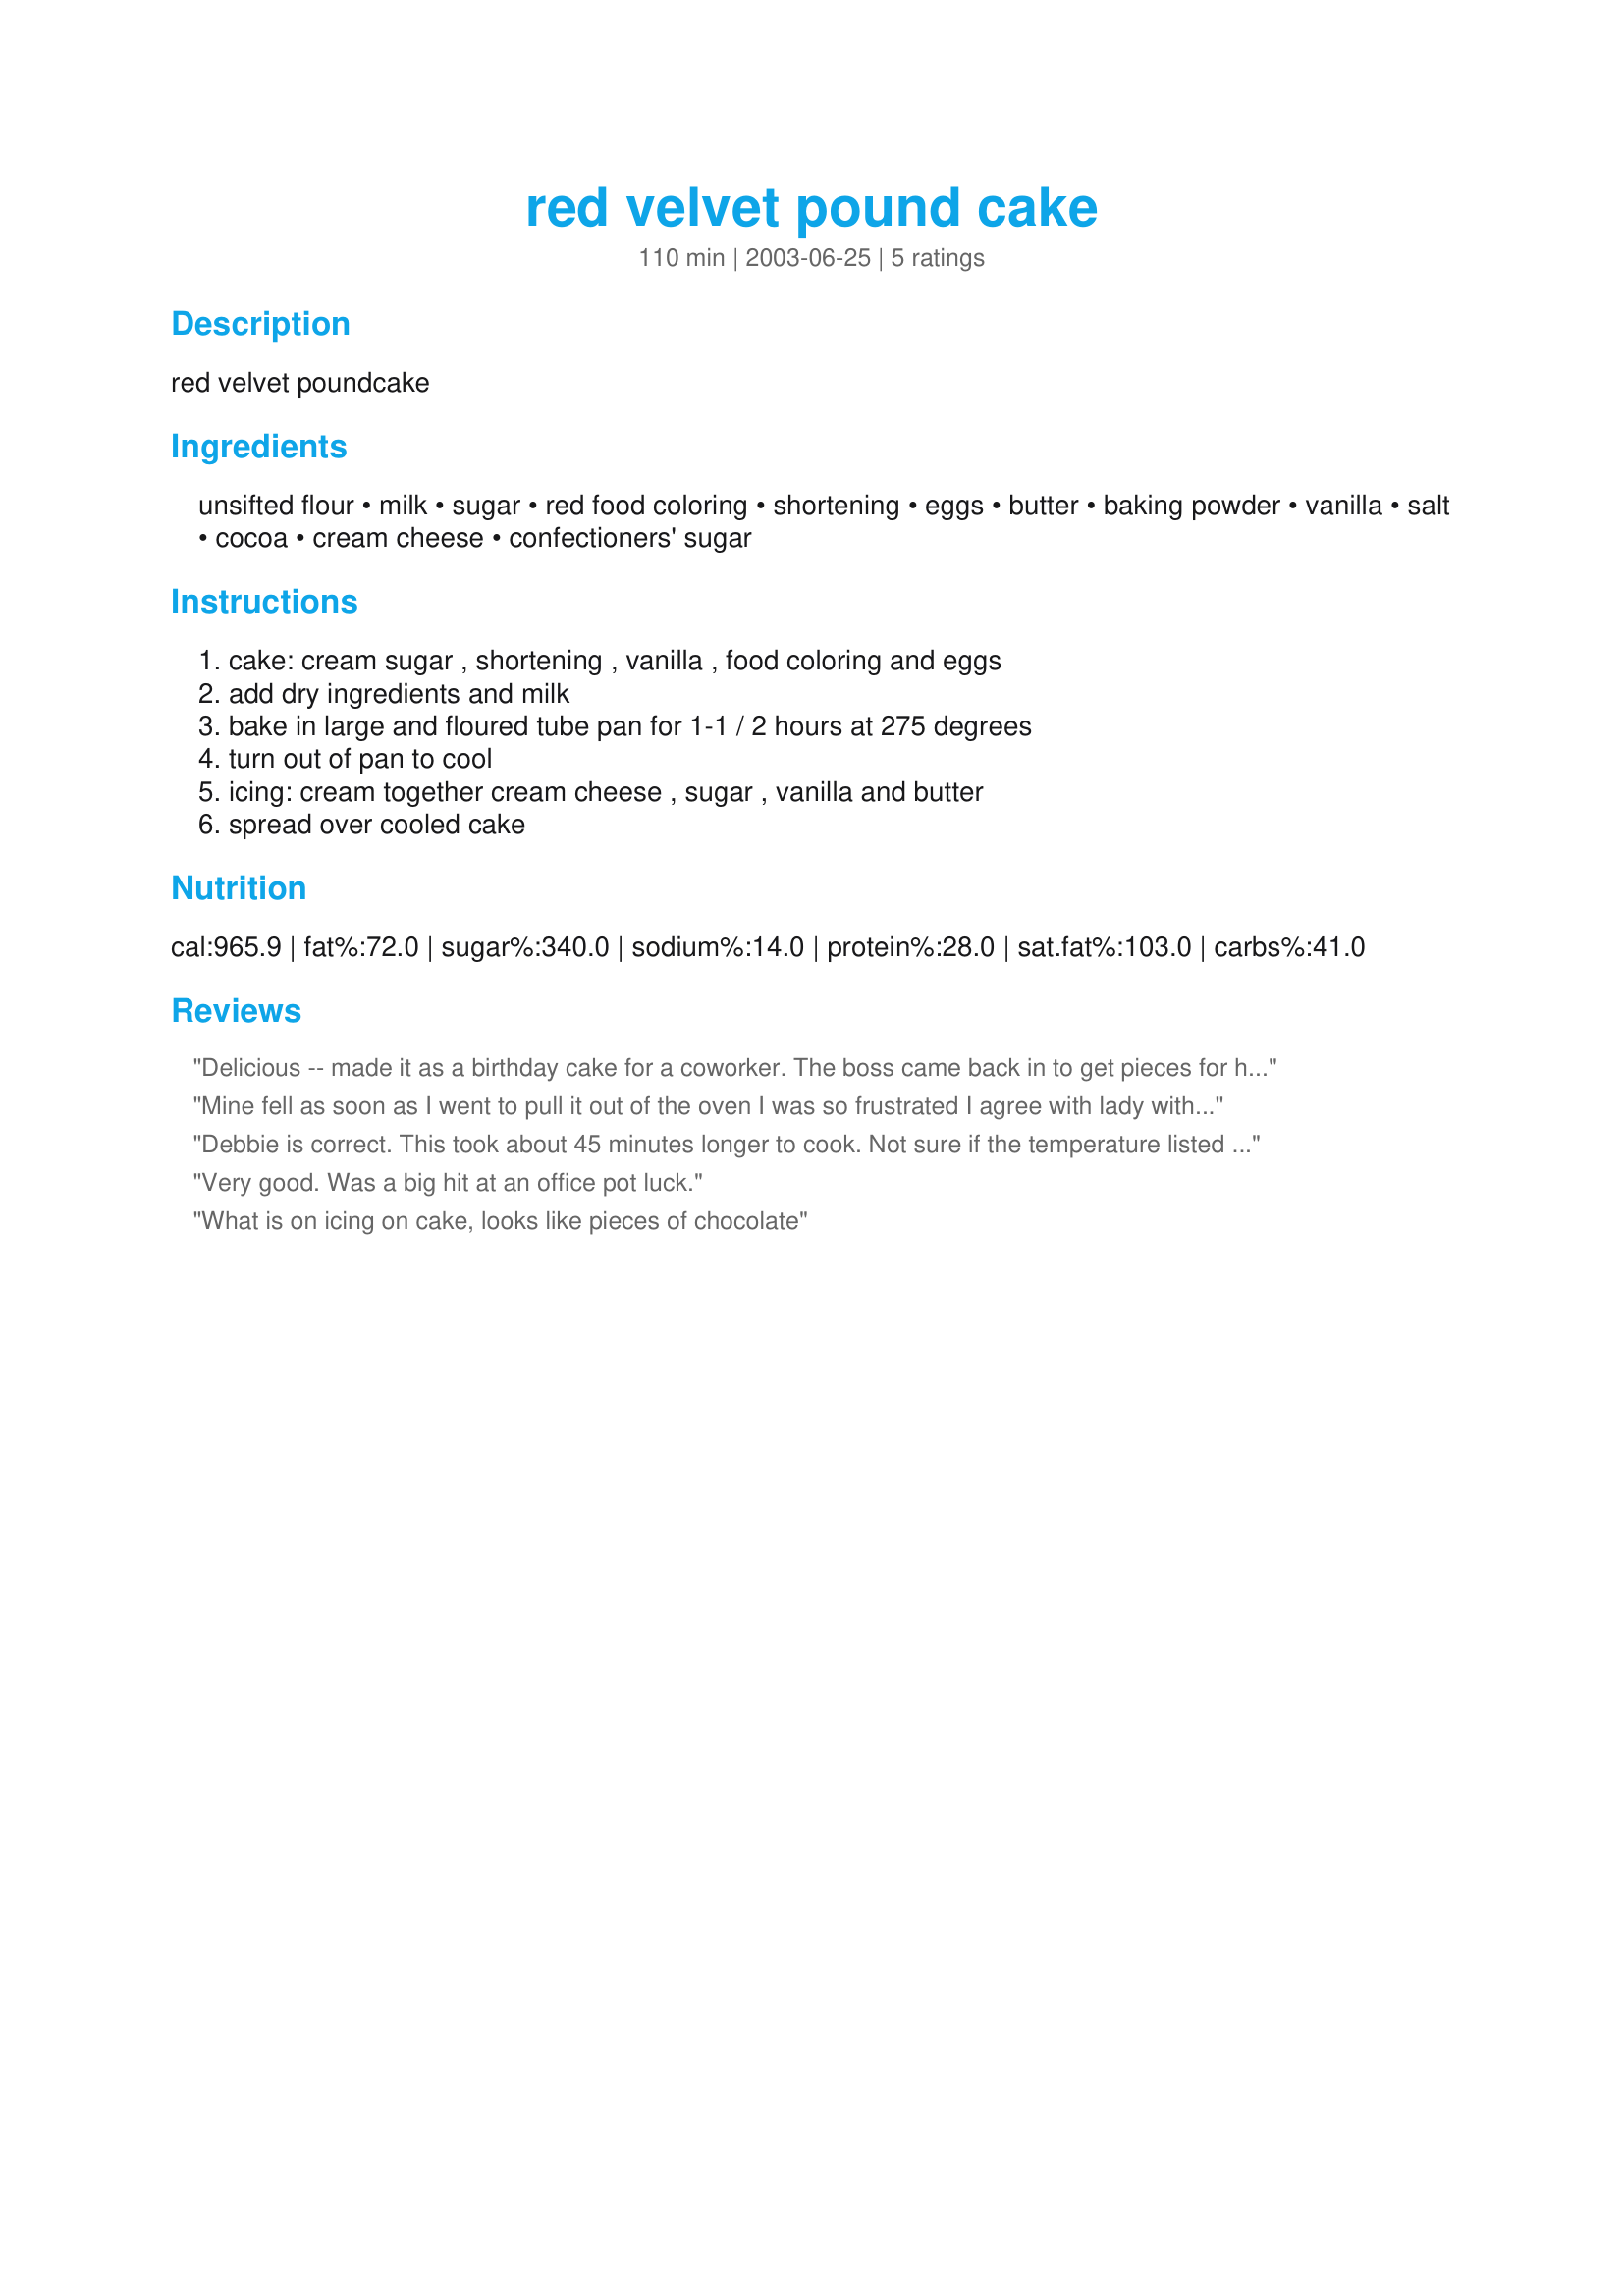
red velvet pound cake
Preparation time: 110 minutes

red velvet poundcake

Ingredients:
unsifted flour, milk, sugar, red food coloring, shortening, eggs, butter, baking powder, vanilla, salt, cocoa, cream cheese, confectioners' sugar

Steps:
cake: cream sugar , shortening , vanilla , food coloring and eggs, add dry ingredients and milk, bake in large and floured tube pan for 1-1 / 2 hours at 275 degrees, turn out of pan to cool, icing: cream together cream cheese , sugar , vanilla and butter, spread over cooled cake

Reviews:
Delicious -- made it as a birthday cake for a coworker. The boss came back in to get pieces for his mom & daughter -- lol. Only one criticism -- it took about 45 minutes longer to cook that stated. When it wasn't done, I went and checked the oven with a thermometer probe, and the oven was on temp. <shrug>
Mine fell as soon as I went to pull it out of the oven I was so frustrated I agree with lady with other post prob needed to cook 30 or 45 minutes longer!
Debbie is correct. This took about 45 minutes longer to cook. Not sure if the temperature listed in the recipe is maybe too low? But it tasted really good and went over well with my husband who begged me not to take all of it to a reception I made some desserts for. Thanks!
Very good. Was a big hit at an office pot luck.
What is on icing on cake, looks like pieces of chocolate
